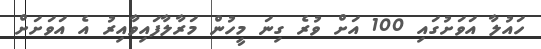
ހައުލާ އަވަށުގައި 100 އަށް ވުރެ ގިނަ މީހުން މަރާލާފައިވާއިރު އެ އަވަށަށް